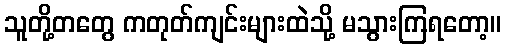
သူတို့တတွေ ကတုတ်ကျင်းများထဲသို့ မသွားကြရတော့။